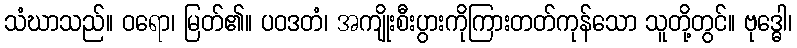
သံဃာသည်။ ဝရော၊ မြတ်၏။ ပဝဒတံ၊ အကျိုးစီးပွားကိုကြားတတ်ကုန်သော သူတို့တွင်။ ဗုဒ္ဓေါ၊